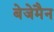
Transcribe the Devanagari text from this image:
बेजेमैन